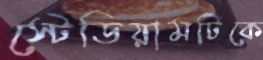
স্টেডিয়ামটিকে